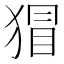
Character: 𭸛